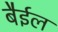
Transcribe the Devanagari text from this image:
बैईल